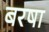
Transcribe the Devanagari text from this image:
बरषा